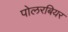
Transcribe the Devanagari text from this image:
पोलरबियर